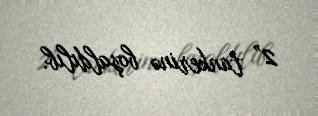
2” tankerinə boşaldılıb.